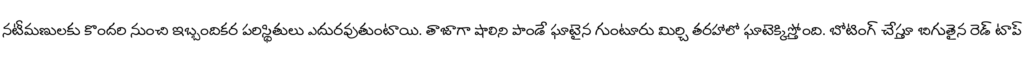
నటీమణులకు కొందరి నుంచి ఇబ్బందికర పరిస్థితులు ఎదురవుతుంటాయి. తాజాగా షాలిని పాండే ఘాటైన గుంటూరు మిర్చి తరహాలో ఘాటెక్కిస్తోంది. బోటింగ్ చేస్తూ బిగుతైన రెడ్ టాప్